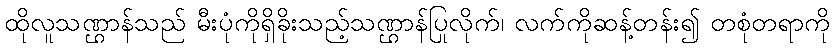
ထိုလူသဏ္ဌာန်သည် မီးပုံကိုရှိခိုးသည့်သဏ္ဌာန်ပြုလိုက်၊ လက်ကိုဆန့်တန်း၍ တစုံတရာကို